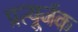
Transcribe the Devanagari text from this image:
प्रत्यूर्जक